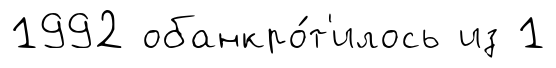
1992 обанкро́т'илось из 1